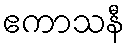
ဧကာသနီ